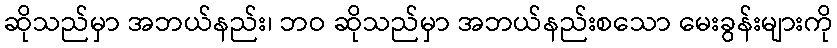
ဆိုသည်မှာ အဘယ်နည်း၊ ဘဝ ဆိုသည်မှာ အဘယ်နည်းစသော မေးခွန်းများကို